画像に写った文字を読んでください
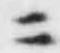
「ニ」と書いてあります